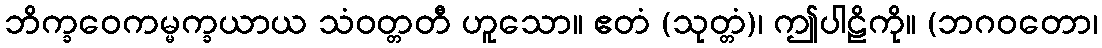
ဘိက္ခဝေကမ္မက္ခယာယ သံဝတ္တတီ ဟူသော။ ဧတံ (သုတ္တံ)၊ ဤပါဠိကို။ (ဘဂဝတော၊